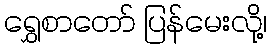
ရွှေစာတော် ပြန်မေးလို့၊